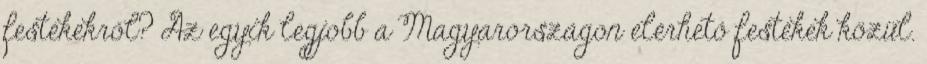
festékekről? Az egyik legjobb a Magyarországon elérhető festékek közül.